Vaccination report Assam 1896-1927 - 1896-1927
Year: 1896
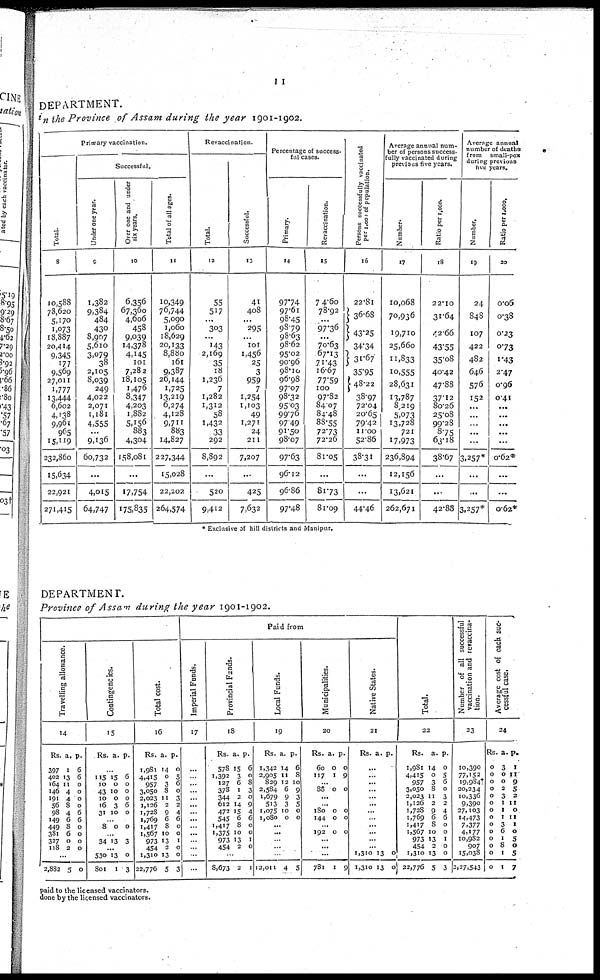
11
DEPARTMENT.
in the Province of Assam during the year 1901-1902.
Primary vaccination.
Total.
8
10,588
78,620
5,170
1,073
18,887
20,414
9,345
177
9,569
27,011
1,777
13,444
6,602
4,138
9,961
965
15,119
232,860
15,634
22,921
271,415
Successful.
Under one year.
9
1,382
9,384
484
430
8,907
5,610
3,079
38
2,105
8,039
249
4,022
2,071
1,181
4,555
...
9,136
60,732
...
4,015
64,747
Over one and under
six years.
10
6,356
67,360
4,606
458
9,039
14,378
4,145
101
7,282
18,105
1,476
8,347
4,203
1,882
5,156
883
4,304
158,081
...
17,754
175,835
Total of all ages.
11
10,349
76,744
5,090
1,060
18,629
20,133
8,880
161
9,387
26,144
1,725
13,219
6,274
4,128
9,711
883
14,827
227,344
15,028
22,202
264,574
Revaccination.
Total.
12
55
517
...
303
...
143
2,169
35
18
1,236
7
1,282
1,312
58
1,432
33
292
8,892
...
520
9,412
Successful.
13
41
408
...
295
...
101
1,456
25
3
959
7
1,254
1,103
49
1,271
24
211
7,207
...
425
7,632
Percentage of success-
ful cases.
Primary.
14
97.74
97.61
98.45
98.79
98.63
98.62
95.02
90.96
98.10
96.98
97.07
98.32
95.03
99.76
97.49
91.50
98.07
97.63
96.12
96.86
97.48
Revaccination.
15
74.60
78.92
...
97.36
...
70.63
67.13
71.43
16.67
77.59
100
97.82
84.07
84.48
88.55
72.73
72.26
81.05
...
81.73
81.09
Persons successfully vaccinated
per 1,000 of population.
16
22.81
36.68
43.25
34.34
31.67
35.95
48.22
38.97
72.04
20.65
79.42
11.00
52.86
38.31
...
...
44.46
Average annual num¬
ber of persons success-
fully vaccinated during
previous five years.
Number.
17
10,068
70,936
19,710
25,660
11,833
10,555
28,631
13,787
8,219
5,073
13,728
721
17,973
236,894
12,156
13,621
262,671
Ratio per 1,000.
18
22.10
31.64
42.66
43.55
35.08
40.42
47.88
37.12
80.26
25.08
99.28
8.75
63.18
38.67
...
...
42.88
Average annual
number of death
from small-pox
during previous
five years.
Number.
19
24
848
107
422
482
646
576
152
...
...
...
...
...
3,257*
...
...
3,257*
Ratio per 1,000.
20
0.06
0.38
0.23
0.73
1.43
2.47
0.96
0.41
...
...
...
...
...
0.62*
...
...
0.62*
* Exclusive of hill districts and Manipur.
DEPARTMENT.
Province of Assam during the year 1901-1902.
Travelling allowance.
14
Rs
397
402
164
146
191
56
98
149
449
381
327
118
a.
1
13
11
4
4
8
4
6
8
6
0
2
p.
6
6
0
0
0
0
6
6
0
0
0
0
...
2,882 5 0
Contingencies.
15
Rs. a. p.
...
115
10
43
10
16
31
15
0
10
0
3
10
6
0
0
0
6
0
... 8 0 0
...
34 13 3
...
530
801
13
1
0
3
Total cost.
16
Rs.
1,981
4,415
957
3,050
2,023
1,126
1,728
1,769
1,417
1,567
973
454
1,310
22,776
a.
14
0
3
8
11
2
9
6
8
10
13
2
13
5
p.
0
5 6
0
3
2
4
6
0
0
1
0
0
3
Paid from
Imperial Funds.
17
...
...
...
...
...
...
...
...
...
...
...
... ...
...
Provincial Funds.
18
Rs.
578
1,392
127
378
344
612
472
545
1,417
1,375
973
454
a.
15
3
6
1
2
14
15
6
8
10
13
2
p.
6
0
8
3
0
9
4
6
0
0
1
0
...
8,673 2 1
Local Funds.
19
Rs.
1,342
2,905
829
2,584
1,679
513
1,075
1,080
a.
14
11
12
6
9
3
10
0
p.
6
8
10
9
3
5
0
0
...
...
...
...
...
12,011 4 5
Municipalities.
20
Rs.
60
117
a.
0
1
p.
0
9
...
88 0 0
...
...
180
144
0
0
0
0
...
192 0 0
...
...
...
781 1 9
Native States.
21
Rs. a. p.
...
...
...
...
...
...
...
...
...
...
...
...
1,310
1,310
13
13
0
0
Total.
22
Rs.
1,981
4,415
957
3,050
2,023
1,126
1,728
1,769
1,417
1,567
973
454
1,310
22,776
a.
14
0
3
8
11
2
9
6
8
10
13
2
13
5
p.
0
5
6
0
3
2
4
6
0
0
1
0
0
3
Number of all successful
vaccination and revaccina¬
tion.
23
10,390
77,152
19,984†
20,234
10,336
9,390
27,103
14,473
7,377
4,177
10,982
907
15,038
2,27,543
Average cost of each suc¬
cessful case.
24
Rs.
0
0
0
0
0
0
0
0
0
0
0
0
0
0
a.
3
0
0
2
3
1
1
1
3
6
1
8
1
1
p.
1
11
9
5
2
11
0
11
1
0
5
0
5
7
paid to the licensed vaccinators.
done by the licensed vaccinators.